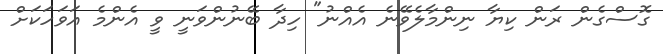
ގޮސްގެން ރަން ކިޔާ ނިންމާލެވޭނެ އެއްނު" ހިދާ ބޭނުންވަނީ ވީ އެންމެ އަަވަހަކަށް